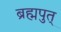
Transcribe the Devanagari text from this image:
ब्रह्मपुत्